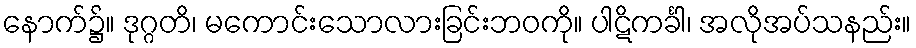
နောက်၌။ ဒုဂ္ဂတိ၊ မကောင်းသောလားခြင်းဘဝကို။ ပါဋိကင်္ခါ၊ အလိုအပ်သနည်း။